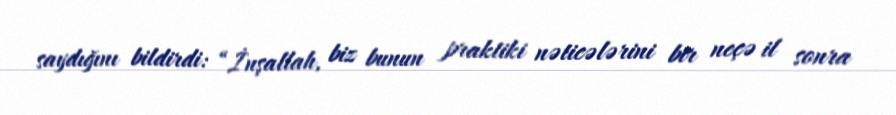
saydığını bildirdi: “İnşallah, biz bunun praktiki nəticələrini bir neçə il sonra